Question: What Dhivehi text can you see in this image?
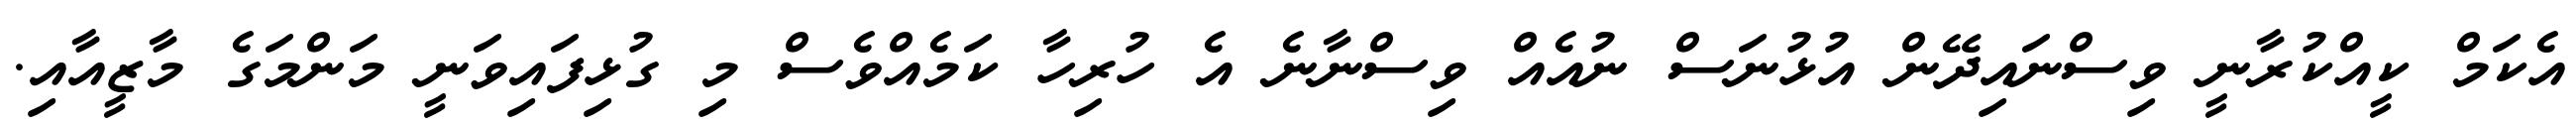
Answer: އެކަމް ކީއްކުރާނީ ވިސްނައިދޭން އުޅުނަސް ނުއެއް ވިސްނާނެ އެ ހުރިހާ ކަމެއްވެސް މި ގުޅިފައިވަނީ މަންމަގެ މާޒީއާއި.